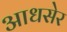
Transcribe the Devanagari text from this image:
आधसेर